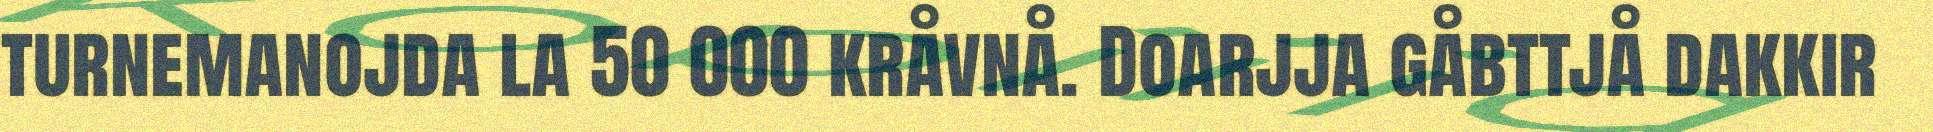
turnemanojda la 50 000 kråvnå. Doarjja gåbttjå dakkir